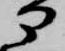
部